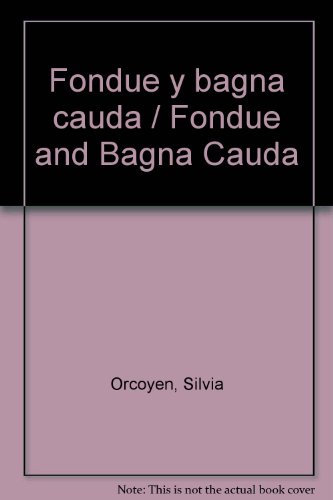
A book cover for Fondue y bagna cauda / Fondue and Bagna Cauda (Spanish Edition); Silvia Orcoyen; Cookbooks, Food & Wine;